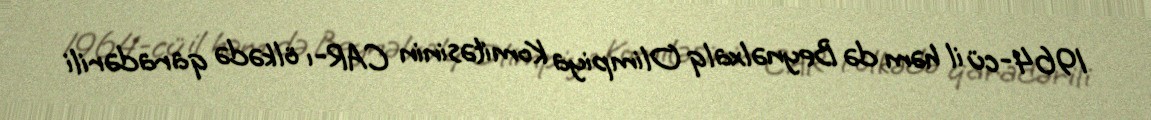
1964-cü il həm də Beynəlxalq Olimpiya Komitəsinin CAR-ı ölkədə qaradərili